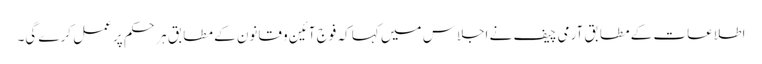
اطلاعات کے مطابق آرمی چیف نے اجلاس میں کہا کہ فوج آئین و قانون کے مطابق ہر حکم پر عمل کرے گی۔